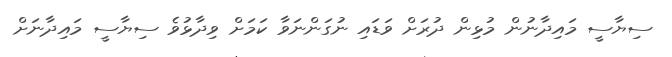
ސިޔާސީ މައިދާނުން މުޅިން ދުރަށް ވަޑައި ނުގަންނަވާ ކަމަށް ވިދާޅުވެ ސިޔާސީ މައިދާނަށް